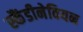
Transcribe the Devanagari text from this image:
स्कैंडीनेवियन